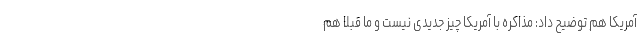
آمریکا هم توضیح داد: مذاکره با آمریکا چیز جدیدی نیست و ما قبلا هم